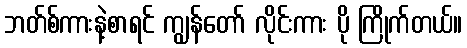
ဘတ်စ်ကားနဲ့စာရင် ကျွန်တော် လိုင်းကား ပို ကြိုက်တယ်။